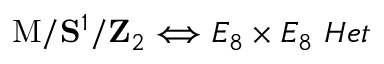
\mathrm { M } / { \bf S } ^ { 1 } / { \bf Z } _ { 2 } \Longleftrightarrow E _ { 8 } \times E _ { 8 } \ H e t